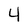
Character: 4